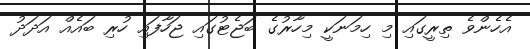
އެހެންވެ ތިރީގައި މި ހިމަނަކީ މިހާރުގެ ބަޖެޓުގައި ޖަހާފައި ހުރި ބައެއް އަދަދު